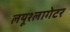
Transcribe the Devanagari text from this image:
लयूश्लागेटर